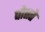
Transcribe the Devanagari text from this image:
पोतते